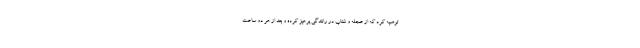
توصیه کرد که از عجله و شتاب در رانندگی پرهیز کرده و بعد از هر دو ساعت